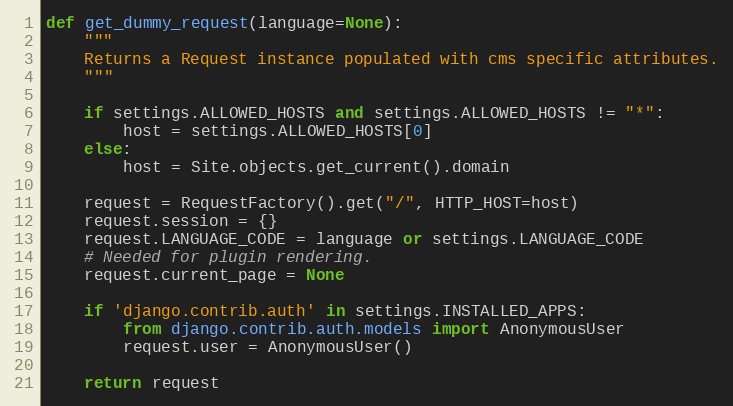
Language: Python
def get_dummy_request(language=None):
    """
    Returns a Request instance populated with cms specific attributes.
    """

    if settings.ALLOWED_HOSTS and settings.ALLOWED_HOSTS != "*":
        host = settings.ALLOWED_HOSTS[0]
    else:
        host = Site.objects.get_current().domain

    request = RequestFactory().get("/", HTTP_HOST=host)
    request.session = {}
    request.LANGUAGE_CODE = language or settings.LANGUAGE_CODE
    # Needed for plugin rendering.
    request.current_page = None

    if 'django.contrib.auth' in settings.INSTALLED_APPS:
        from django.contrib.auth.models import AnonymousUser
        request.user = AnonymousUser()

    return request